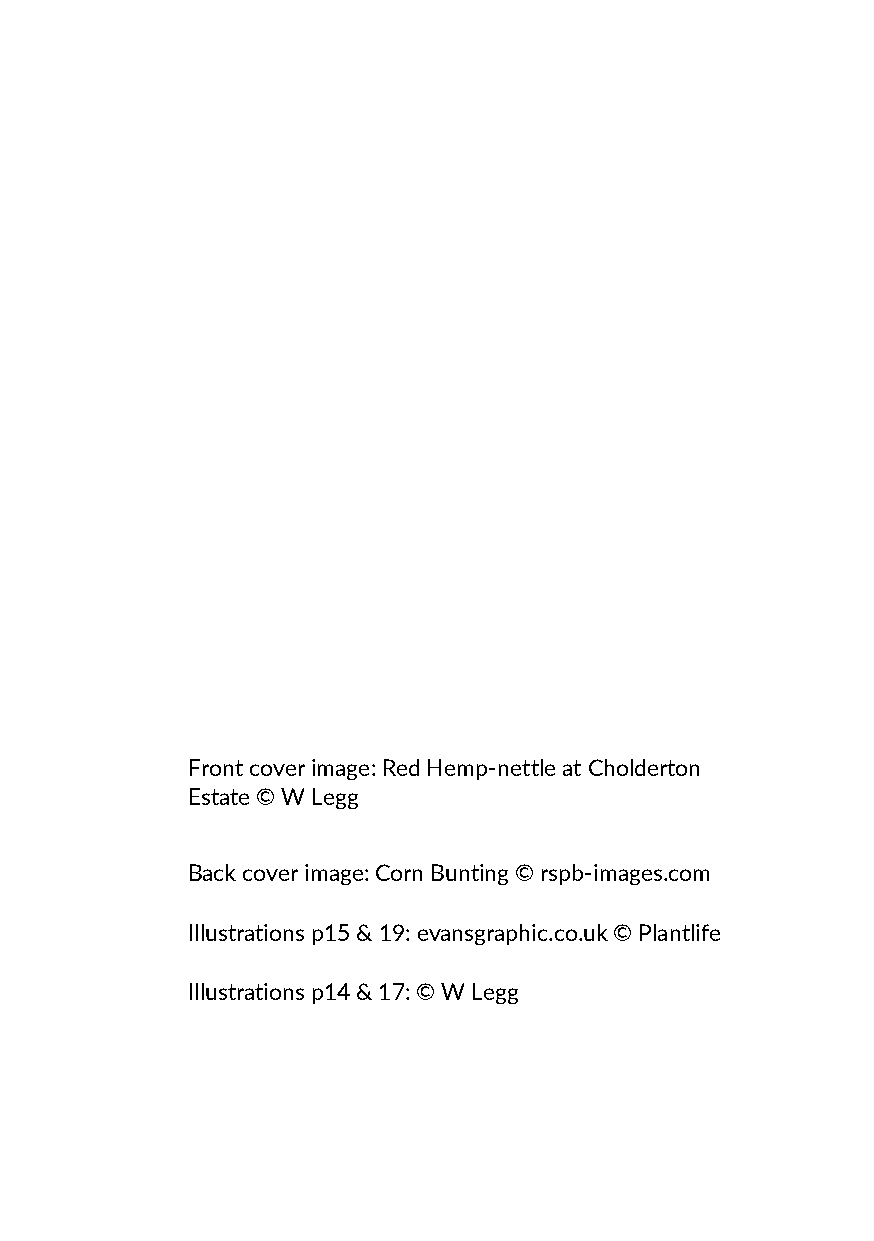
Front cover image: Red Hemp-nettle at Cholderton
 Estate © W Legg
 Back cover image: Corn Bunting © rspb-images.com
 Illustrations p15 & 19: evansgraphic.co.uk © Plantlife
 Illustrations p14 & 17: © W Legg